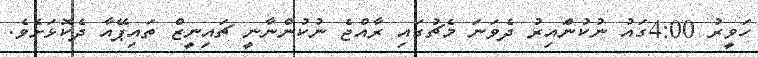
ހަވީރު 4:00ގައު ނުކުންައިރު ދެވަނަ މެޗުގައި ރާއްޖެ ނުކުންނާނީ ޗައިނީޒް ތައިޕޭއާ ދެކޮޅަށެވެ.